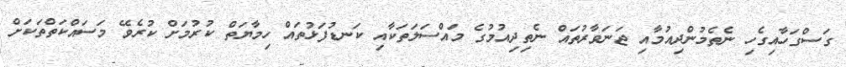
ގަސްގަހާއިގެހި ނެތެމުންދިއުމާއި ޖަނަވާރުތައް ނެތިދިއުމުގެ މައްސަލަތަކާއި ކަނޑުފަޅުތައް ހިމާޔަތް ކުރުމަށް ކުރެވޭ މަސައްކަތްތަކަށް